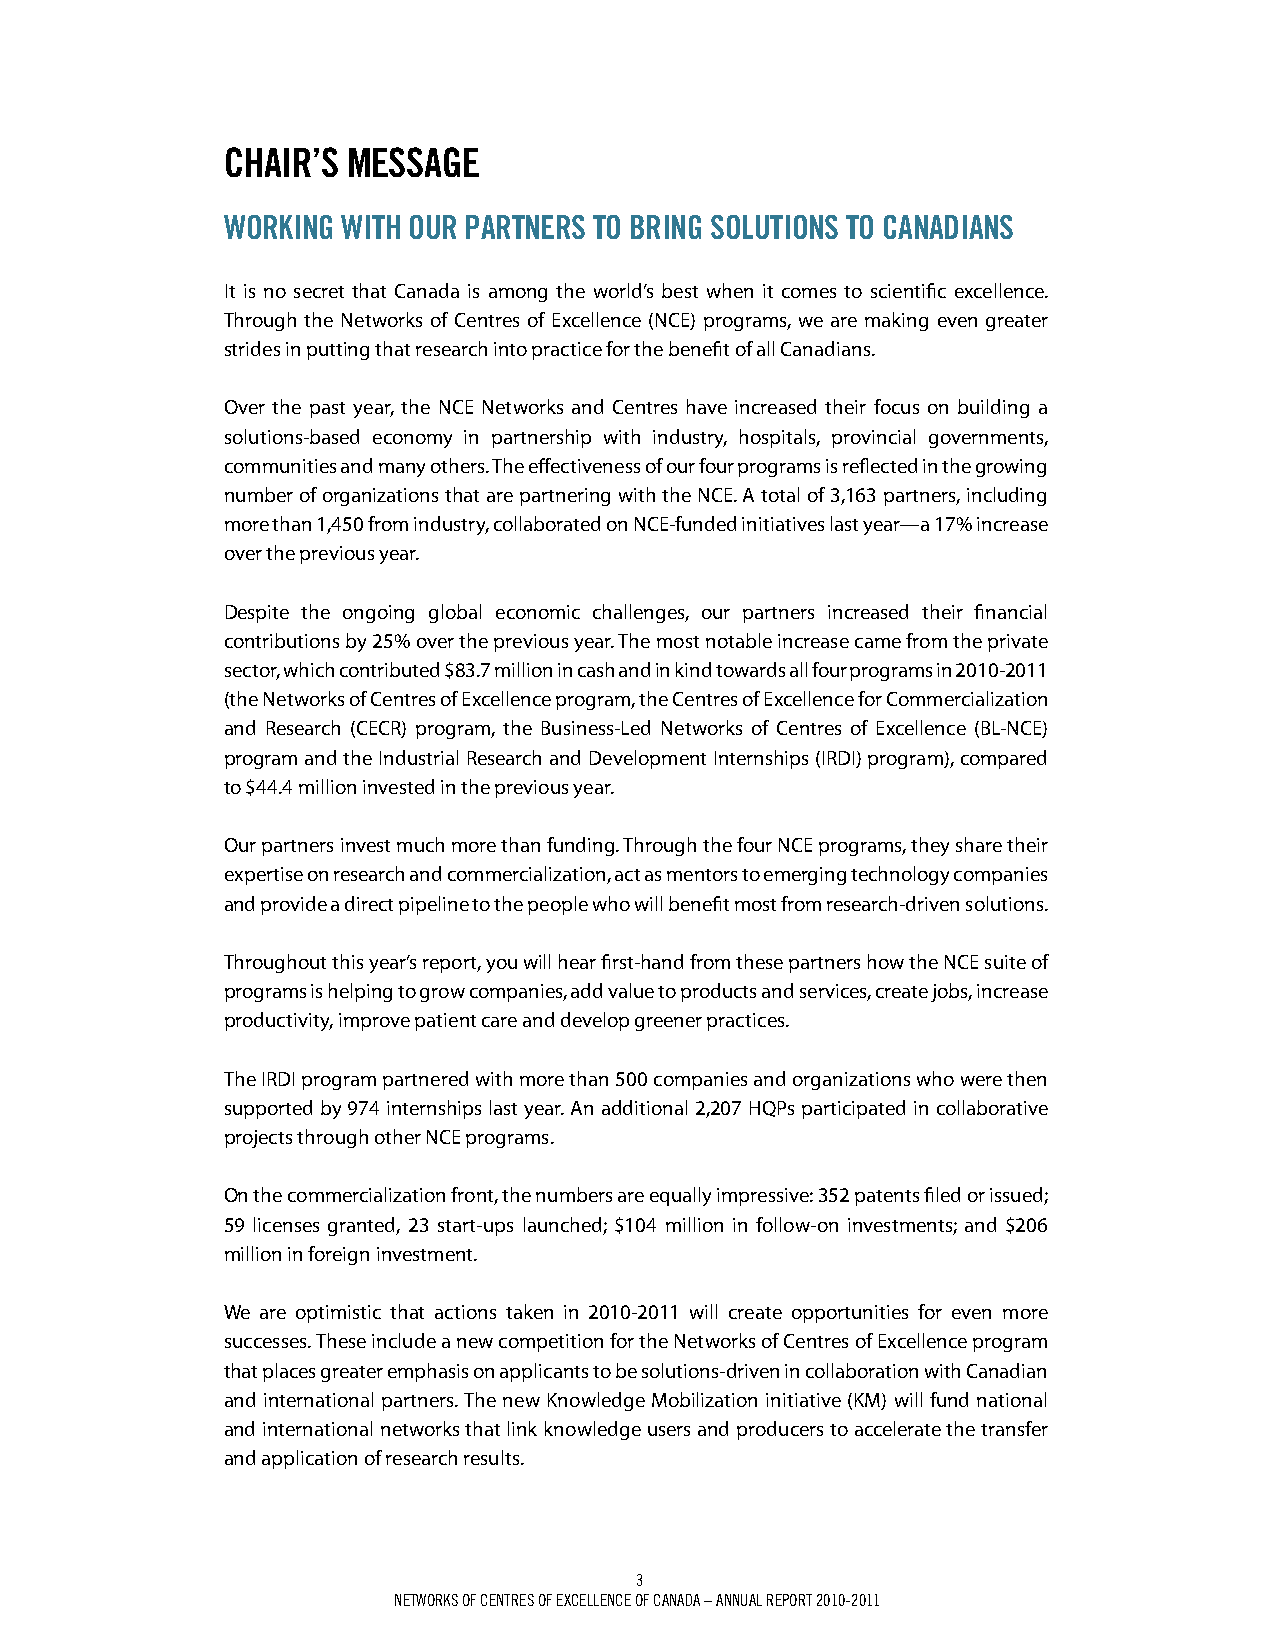
ChAir’S mESSAgE
 WOrkiNg WiTh Our pArTNErS TO BriNg SOLuTiONS TO CANAdiANS
 It is no secret that Canada is among the world’s best when it comes to scientific excellence.
 Through the Networks of Centres of Excellence (NCE) programs, we are making even greater
 strides in putting that research into practice for the benefit of all Canadians.
 Over the past year, the NCE Networks and Centres have increased their focus on building a
 solutions-based economy in partnership with industry, hospitals, provincial governments,
 communities and many others. The effectiveness of our four programs is reflected in the growing
 number of organizations that are partnering with the NCE. A total of 3,163 partners, including
 more than 1,450 from industry, collaborated on NCE-funded initiatives last year—a 17% increase
 over the previous year.
 Despite the ongoing global economic challenges, our partners increased their financial
 contributions by 25% over the previous year. The most notable increase came from the private
 sector, which contributed $83.7 million in cash and in kind towards all four programs in 2010-2011
 (the Networks of Centres of Excellence program, the Centres of Excellence for Commercialization
 and Research (CECR) program, the Business-Led Networks of Centres of Excellence (BL-NCE)
 program and the Industrial Research and Development Internships (IRDI) program), compared
 to $44.4 million invested in the previous year.
 Our partners invest much more than funding. Through the four NCE programs, they share their
 expertise on research and commercialization, act as mentors to emerging technology companies
 and provide a direct pipeline to the people who will benefit most from research-driven solutions.
 Throughout this year’s report, you will hear first-hand from these partners how the NCE suite of
 programs is helping to grow companies, add value to products and services, create jobs, increase
 productivity, improve patient care and develop greener practices.
 The IRDI program partnered with more than 500 companies and organizations who were then
 supported by 974 internships last year. An additional 2,207 HQPs participated in collaborative
 projects through other NCE programs.
 On the commercialization front, the numbers are equally impressive: 352 patents filed or issued;
 59 licenses granted, 23 start-ups launched; $104 million in follow-on investments; and $206
 million in foreign investment.
 We are optimistic that actions taken in 2010-2011 will create opportunities for even more
 successes. These include a new competition for the Networks of Centres of Excellence program
 that places greater emphasis on applicants to be solutions-driven in collaboration with Canadian
 and international partners. The new Knowledge Mobilization initiative (KM) will fund national
 and international networks that link knowledge users and producers to accelerate the transfer
 and application of research results.
 3
 Networks of ceNtres of excelleNce of caNada – aNNUal rePort 2010-2011